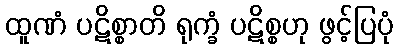
ထူဏံ ပဋိစ္စာတိ ရုက္ခံ ပဋိစ္စဟု ဖွင့်ပြပုံ